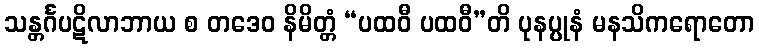
သန္တင်္ဂပဋိလာဘာယ စ တဒေဝ နိမိတ္တံ “ပထဝီ ပထဝီ”တိ ပုနပ္ပုနံ မနသိကရောတော